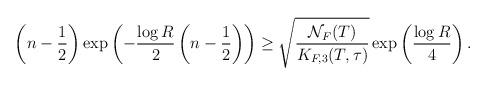
LaTeX: \begin{align*}\begin{aligned}\left(n-\frac{1}{2}\right)\exp\left(-\frac{\log{R}}{2}\left(n-\frac{1}{2}\right)\right)\ge \sqrt{\frac{\mathcal{N}_F(T)}{K_{F,3}(T,\tau)}}\exp\left(\frac{\log{R}}{4}\right).\end{aligned}\end{align*}